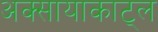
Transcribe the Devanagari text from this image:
अक्सायाकाट्ल